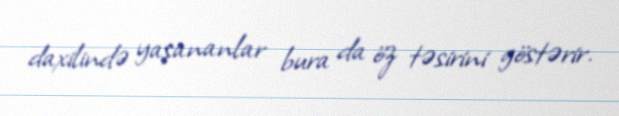
daxilində yaşananlar bura da öz təsirini göstərir.